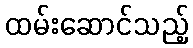
ထမ်းဆောင်သည့်